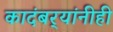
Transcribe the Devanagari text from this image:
कादंबर्‍यांनीही